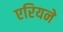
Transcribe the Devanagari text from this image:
एरियने